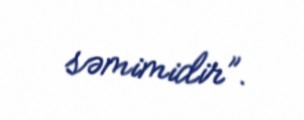
səmimidir”.